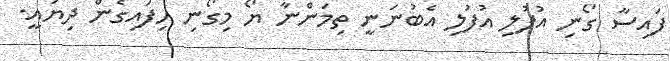
ފައިސާ ގޯނި އުފުލި އުފުލި އެބުނަނީ ތިމަންނާ ޔޯ މިގޯނި ހިފައިގެން ދިޔައީ.